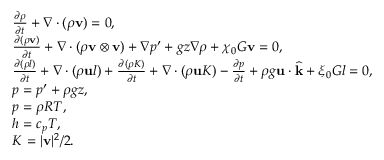
\begin{array} { r l } & { \frac { \partial \rho } { \partial t } + \nabla \cdot ( \rho \mathbf v ) = 0 , } \\ & { \frac { \partial ( \rho \mathbf v ) } { \partial t } + \nabla \cdot ( \rho \mathbf v \otimes \mathbf v ) + \nabla p ^ { \prime } + g z \nabla \rho + \chi _ { 0 } G \mathbf v = \boldsymbol { 0 } , } \\ & { \frac { \partial ( \rho l ) } { \partial t } + \nabla \cdot ( \rho \mathbf u l ) + \frac { \partial ( \rho K ) } { \partial t } + \nabla \cdot ( \rho \mathbf u K ) - \frac { \partial p } { \partial t } + \rho g \mathbf u \cdot \widehat { \mathbf k } + \xi _ { 0 } G l = 0 , } \\ & { p = p ^ { \prime } + \rho g z , } \\ & { p = \rho R T , } \\ & { h = c _ { p } T , } \\ & { K = | \mathbf v | ^ { 2 } / 2 . } \end{array}